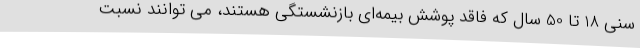
سنی 18 تا 50 سال که فاقد پوشش بیمه‌ای بازنشستگی هستند، می توانند نسبت